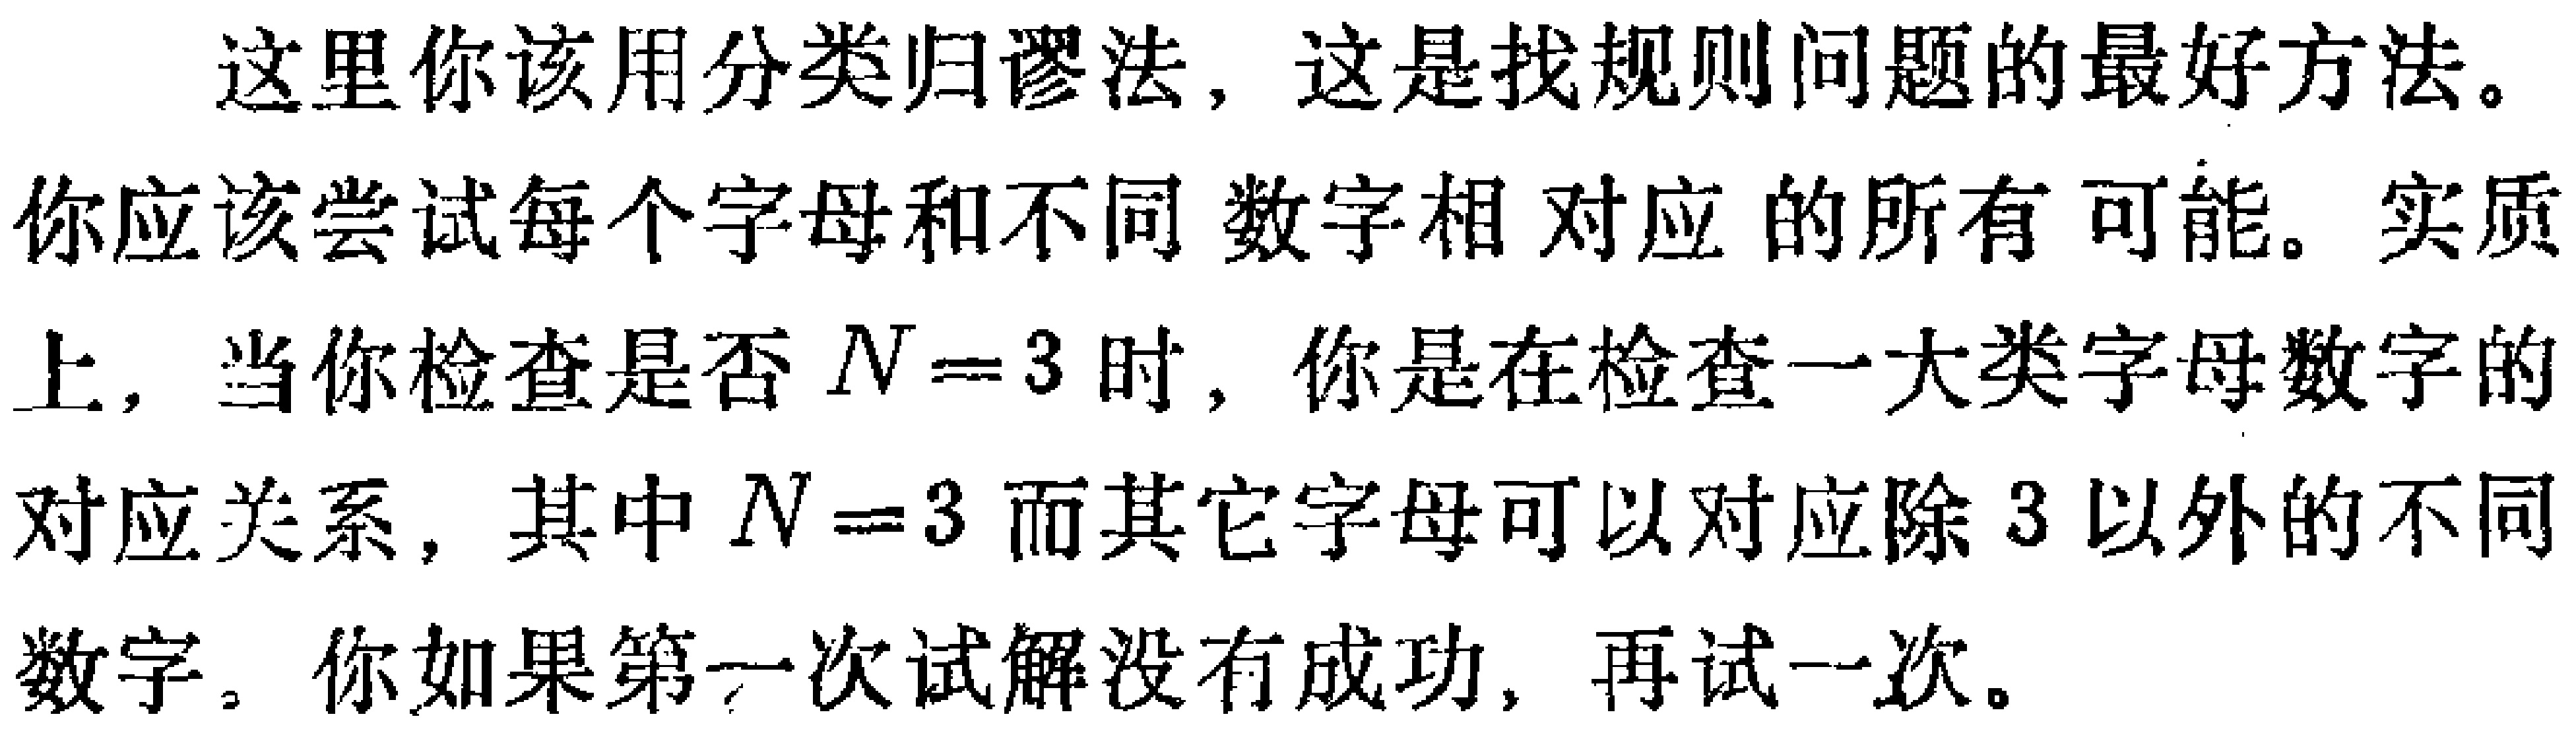
这里你该用分类归谬法，这是找规则问题的最好方法。你应该尝试每个字母和不同数字相对应的所有可能。实质上，当你检查是否 \(N = 3\) 时，你是在检查一大类字母数字的对应关系，其中 \(N = 3\) 而其它字母可以对应除 3 以外的不同数字。你如果第一次试解没有成功，再试一次。